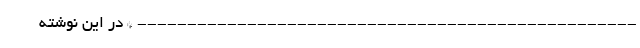
-------------------------------------------------- * در این نوشته